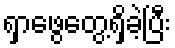
ရှာဖွေတွေ့ရှိခဲ့ပြီး